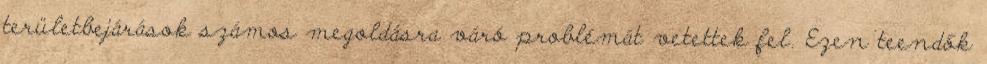
területbejárások számos megoldásra váró problémát vetettek fel. Ezen teendők